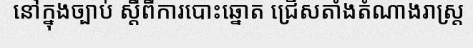
នៅក្នុងច្បាប់ ស្តីពីការបោះឆ្នោត ជ្រើសតាំងតំណាងរាស្ត្រ